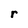
Character: r